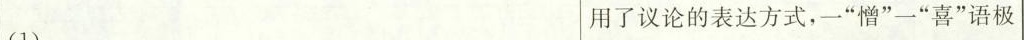
(1) ___ 用了议论的表达方式，”憎”一”喜”语极